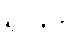
ရလာဒ်